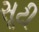
સૂટી